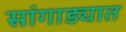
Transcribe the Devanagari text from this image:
सांगाड्यात